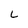
Character: L